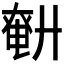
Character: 𢍤